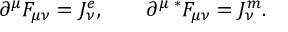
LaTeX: \partial ^ { \mu } F _ { \mu \nu } = J _ { \nu } ^ { e } , ~ ~ ~ ~ ~ ~ \partial ^ { \mu } \, { ^ \ast } F _ { \mu \nu } = J _ { \nu } ^ { m } .